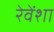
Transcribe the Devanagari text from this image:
रेवेंशा